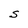
Character: S